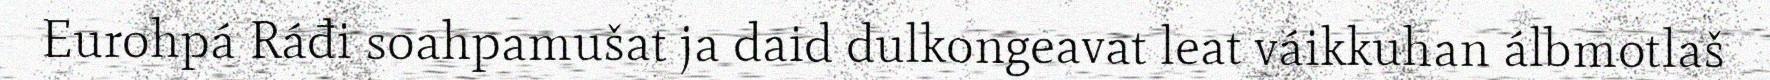
Eurohpá Ráđi soahpamušat ja daid dulkongeavat leat váikkuhan álbmotlaš